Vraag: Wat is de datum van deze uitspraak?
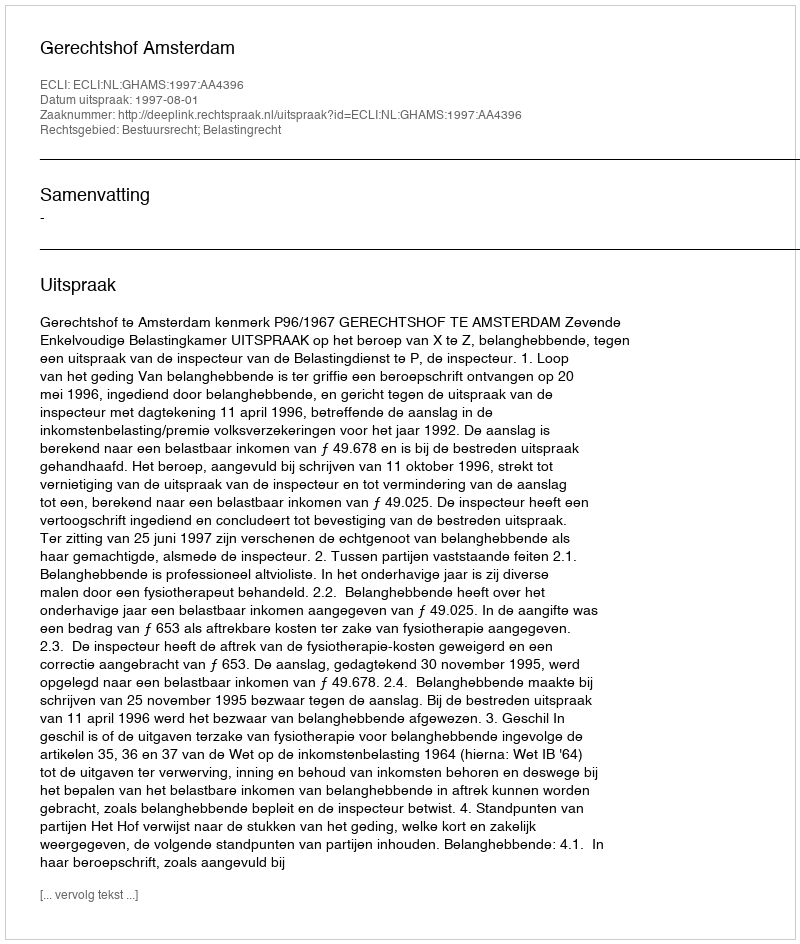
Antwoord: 1997-08-01